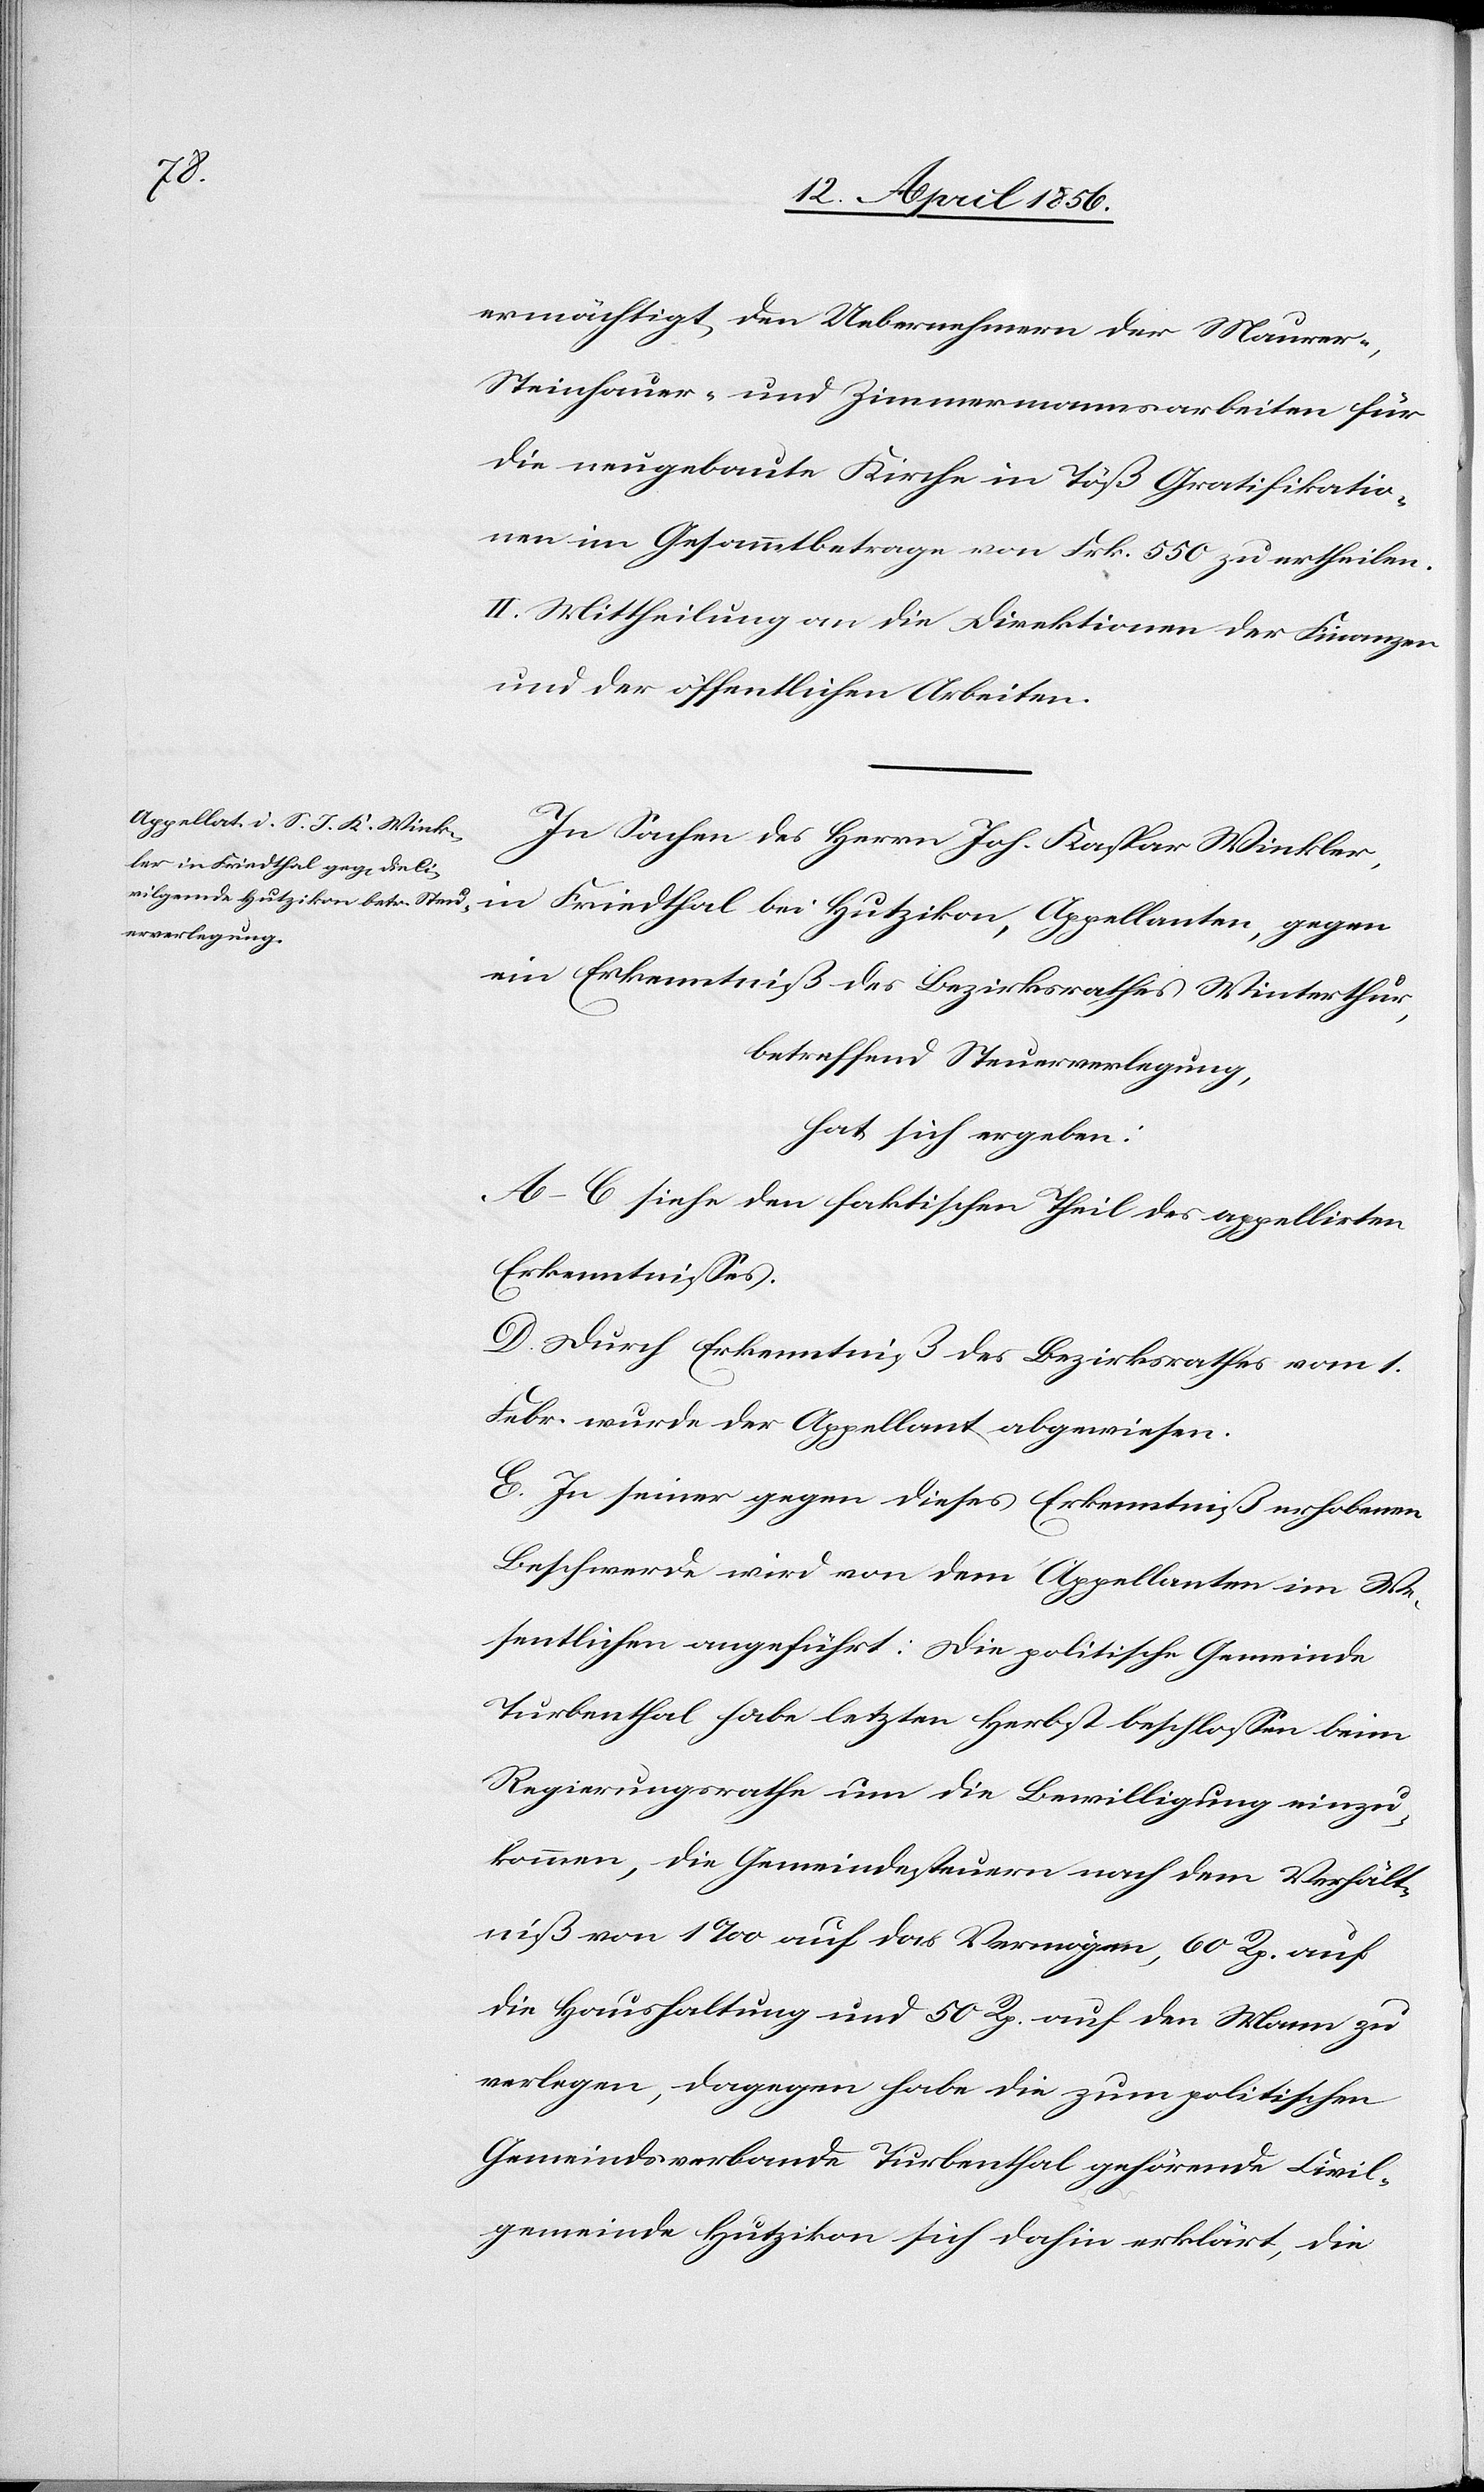
ermächtigt, den Uebernehmern der Maurer-,
Steinhauer- und Zimmermannsarbeiten für
die neugebaute Kirche in Töß Gratifikatio¬
nen im Gesammtbetrage von Frk. 550 zu ertheilen.
II. Mittheilung an die Direktion der Finanzen
und der öffentlichen Arbeiten.
In Sachen des Herrn Joh. Kaspar Winkler,
ein Erkenntniß des Bezirksrathes Winterthur,
betreffend Steuerverlegung,
hat sich ergeben:
A–C[.] siehe den faktischen Theil des appellirten
Erkenntnisses.
D. Durch Erkenntniß des Bezirksrathes vom 1.
Febr. wurde der Appellant abgewiesen.
E. In seiner gegen dieses Erkenntniß erhobenen
Beschwerde wird von dem Appellanten im We¬
sentlichen angeführt: Die politische Gemeinde
Turbenthal habe letzten Herbst beschlossen beim
Regierungsrathe um die Bewilligung einzu¬
kommen, die Gemeindesteuern nach dem Verhält¬
niß von 1‰ auf das Vermögen, 60 Rp. auf
die Haushaltung und 50 Rp. auf den Mann zu
verlegen, dagegen habe die zum politischen
Gemeindsverbande Turbenthal gehörende Civil¬
gemeinde Hutzikon sich dahin erklärt, die